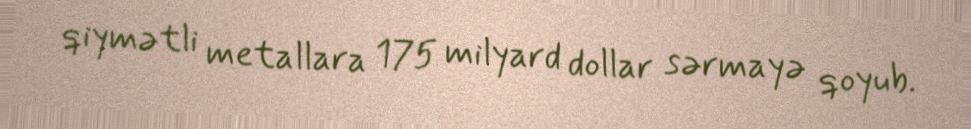
qiymətli metallara 175 milyard dollar sərmayə qoyub.